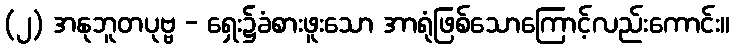
(၂) အနုဘူတပုဗ္ဗ - ရှေး၌ခံစားဖူးသော အာရုံဖြစ်သောကြောင့်လည်းကောင်း။